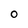
Character: O